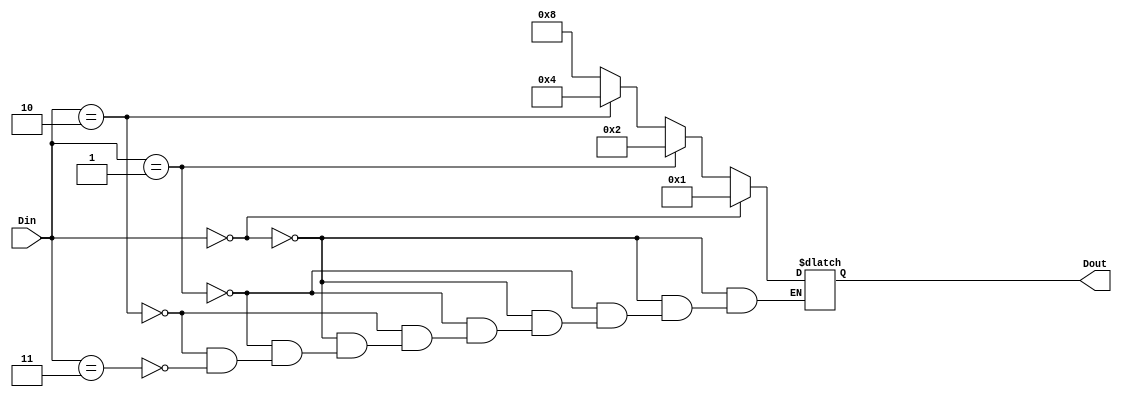
module decoder_2305001(Dout, Din);
    input [1:0] Din;
    output [3:0] Dout;
    
    reg [3:0] Dout;
    
    always @(Din)
    begin
        
       
			if (Din == 2'b00)
				 Dout= 4'b0001;
			else if (Din == 2'b01)
				 Dout= 4'b0010;
			else if (Din == 2'b10)
				 Dout = 4'b0100;
			else if (Din == 2'b11)
				 Dout = 4'b1000;
        
    end
endmodule